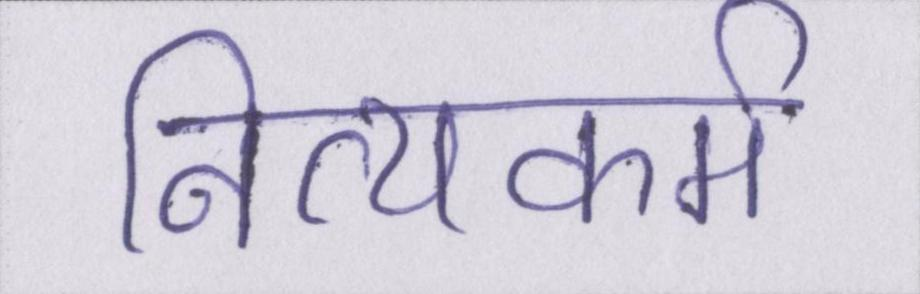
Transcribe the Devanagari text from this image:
नित्यकर्म